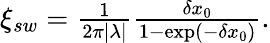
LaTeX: \begin{array}{r}{\xi_{sw}=\frac{1}{2\pi|\lambda|}\frac{\delta x_{0}}{1-\exp(-\delta x_{0})}.}\end{array}